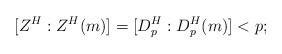
LaTeX: \begin{align*} [Z^H:Z^H(m)]=[D_p^H:D_p^H(m)]<p;\end{align*}